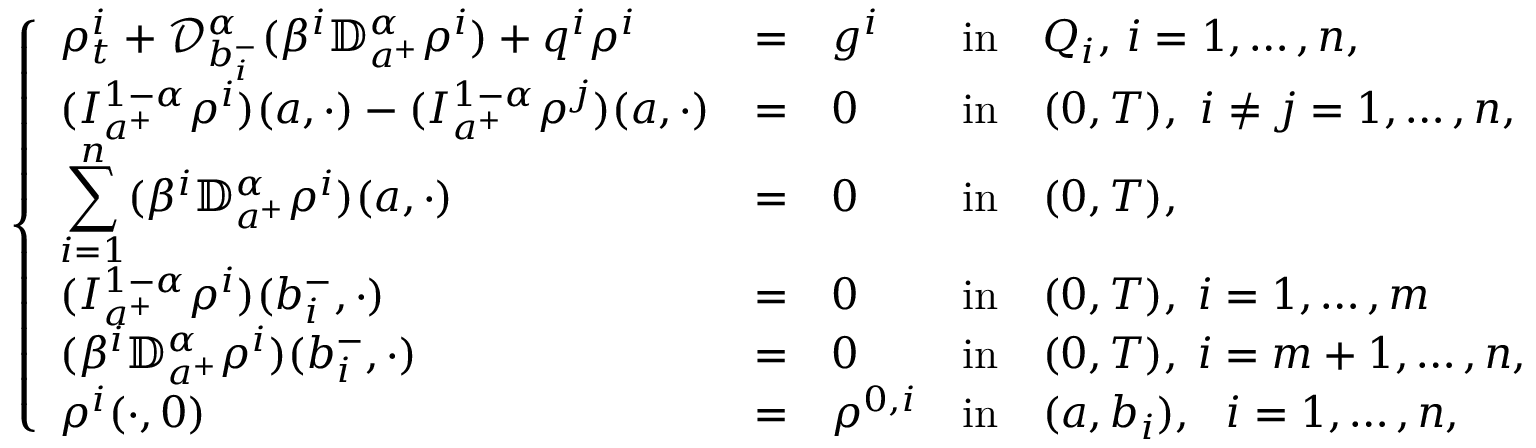
\left\{ \begin{array} { l l l l l l l l l l l l l l l l l } { \displaystyle \rho _ { t } ^ { i } + \mathcal { D } _ { b _ { i } ^ { - } } ^ { \alpha } ( \beta ^ { i } \mathbb { D } _ { a ^ { + } } ^ { \alpha } \rho ^ { i } ) + q ^ { i } \rho ^ { i } } & { = } & { g ^ { i } } & { \mathrm { i n } } & { Q _ { i } , \, i = 1 , \dots , n , } \\ { \displaystyle ( I _ { a ^ { + } } ^ { 1 - \alpha } \rho ^ { i } ) ( a , \cdot ) - ( I _ { a ^ { + } } ^ { 1 - \alpha } \rho ^ { j } ) ( a , \cdot ) } & { = } & { 0 } & { \mathrm { i n } } & { ( 0 , T ) , ~ i \neq j = 1 , \dots , n , } \\ { \displaystyle \sum _ { i = 1 } ^ { n } ( \beta ^ { i } \mathbb { D } _ { a ^ { + } } ^ { \alpha } \rho ^ { i } ) ( a , \cdot ) } & { = } & { 0 } & { \mathrm { i n } } & { ( 0 , T ) , } \\ { \displaystyle ( I _ { a ^ { + } } ^ { 1 - \alpha } \rho ^ { i } ) ( b _ { i } ^ { - } , \cdot ) } & { = } & { 0 } & { \mathrm { i n } } & { ( 0 , T ) , \; i = 1 , \dots , m } \\ { \displaystyle ( \beta ^ { i } \mathbb { D } _ { a ^ { + } } ^ { \alpha } \rho ^ { i } ) ( b _ { i } ^ { - } , \cdot ) } & { = } & { 0 } & { \mathrm { i n } } & { ( 0 , T ) , \; i = m + 1 , \dots , n , } \\ { \displaystyle \rho ^ { i } ( \cdot , 0 ) } & { = } & { \rho ^ { 0 , i } } & { \mathrm { i n } } & { ( a , b _ { i } ) , ~ ~ i = 1 , \dots , n , } \end{array} \right.